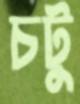
চটু